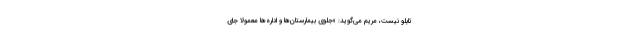
تابلو نیست، مریم می‌گوید: «جلوی بیمارستان‌ها و اداره‌ها معمولاً جای